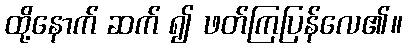
ထို့နောက် ဆက် ၍ ဖတ်ကြပြန်လေ၏။